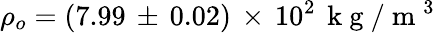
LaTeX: \rho_{o}=(7.99\, \pm\, 0.02)\, \times\, 10^{2}\, \mathrm{~k~g~}/\mathrm{~m~}^{3}